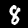
Digit: 8